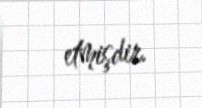
etmişdir.